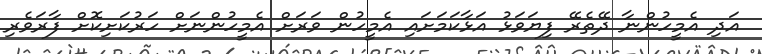
އަދި އެމީހުންނާ ދޭތެރޭ ފިޔަވަޅު އަޅާކަމަށައި އެމީހުން ވަރަށް އެމީހުންނަށް ހަރުކަށިކޮށް ފާރަވެރި